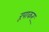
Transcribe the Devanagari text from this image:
रूपाकर